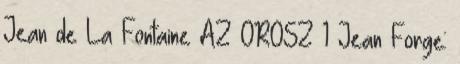
Jean de La Fontaine AZ OROSZ 1 Jean Forge: